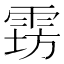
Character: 𱁔